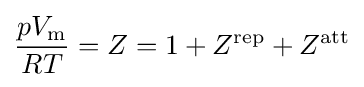
{\frac {pV_{\text{m}}}{RT}}=Z=1+Z^{\rm {rep}}+Z^{\rm {att}}